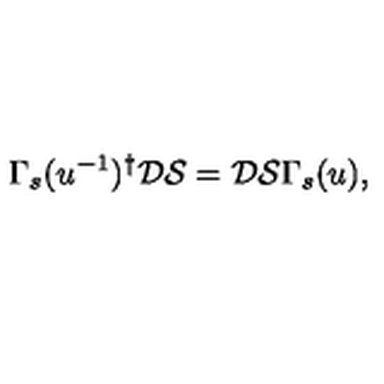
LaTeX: \Gamma _ { s } ( u ^ { - 1 } ) ^ { \dagger } \mathcal { D } \mathcal { S } = \mathcal { D } \mathcal { S } \Gamma _ { s } ( u ) ,